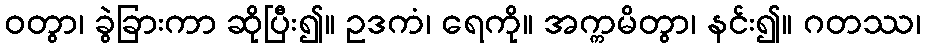
ဝတွာ၊ ခွဲခြားကာ ဆိုပြီး၍။ ဥဒကံ၊ ရေကို။ အက္ကမိတွာ၊ နင်း၍။ ဂတဿ၊